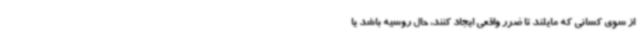
از سوی کسانی که مایلند تا ضرر واقعی ایجاد کنند، حال روسیه باشد یا